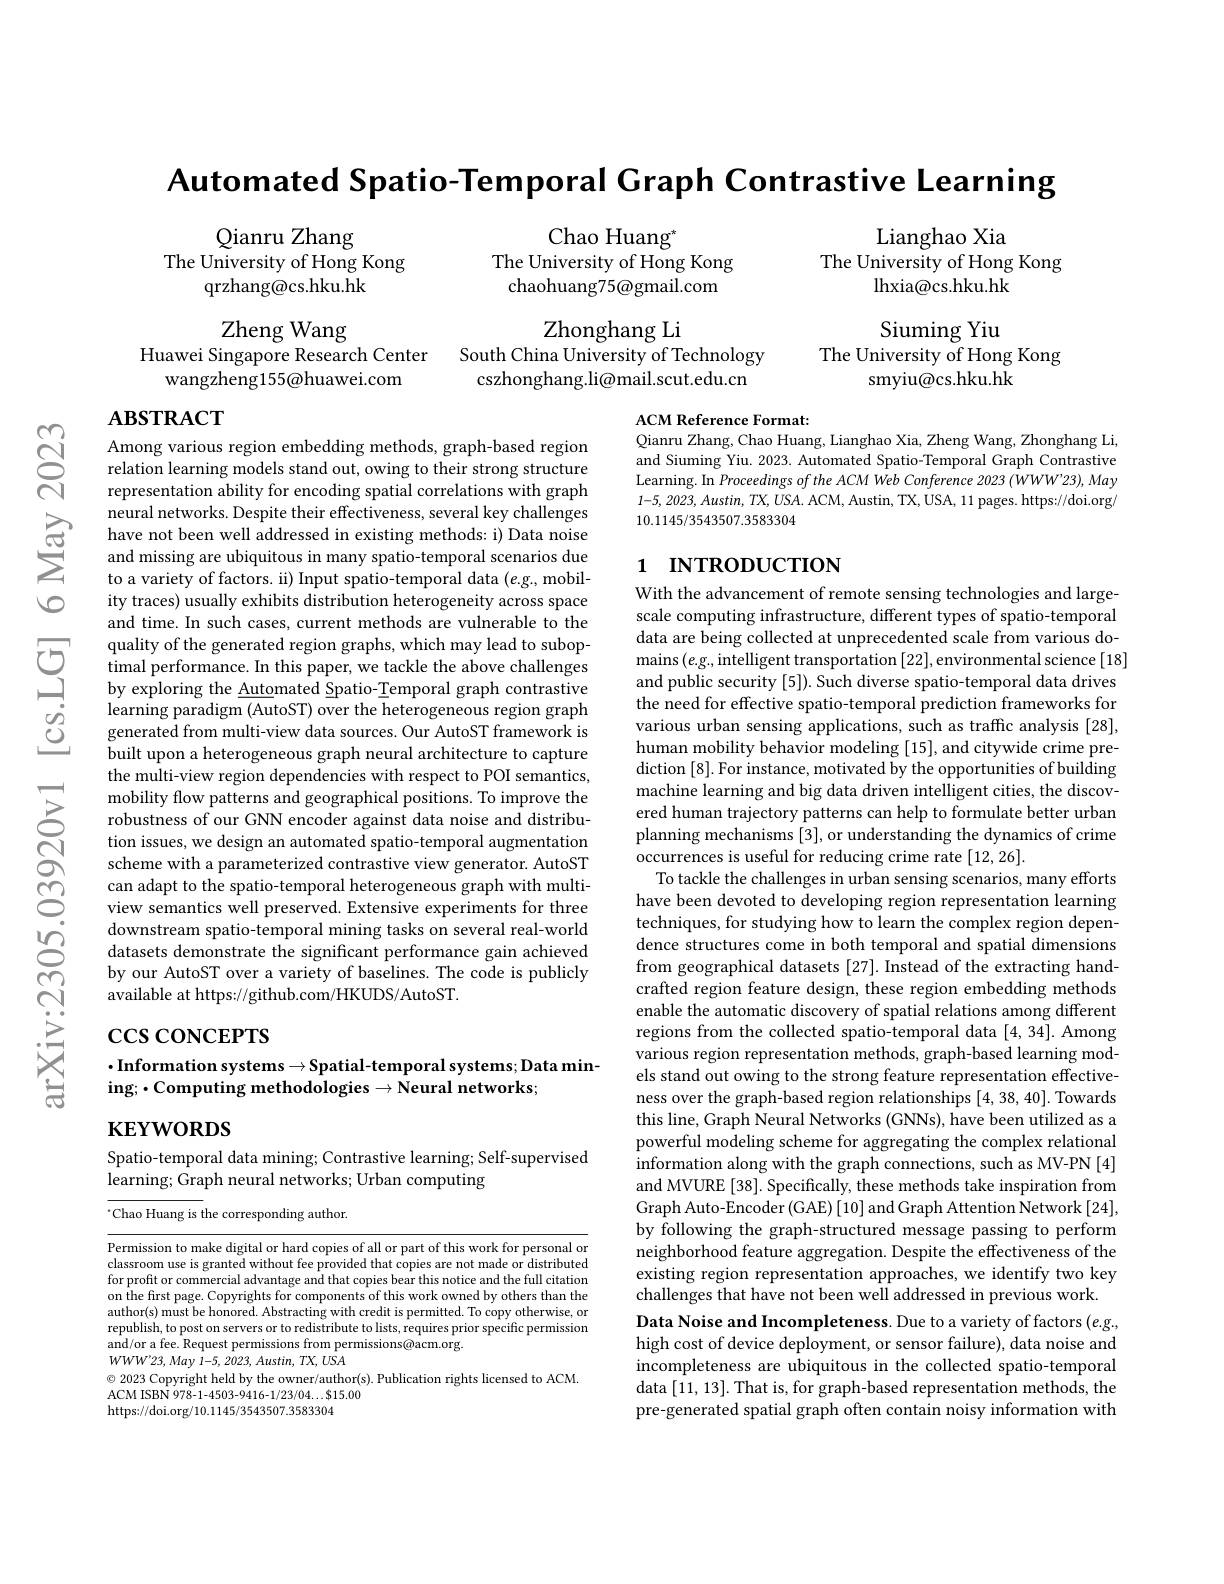
$ଟ୍ରି$

Automated Spatio-Temporal Graph Contrastive Learning

Lianghao Xia
The University of Hong Kong
lhxia@cs.hku.hk

Qianru Zhang
The University of Hong Kong
qrzhang@cs.hku.hk

Chao Huang$^{*}$
The University of Hong Kong
chaohuang75@gmail.com

Zhonghang Li
South China University of Technology
cszhonghang.li@mail.scut.edu.cn

Zheng Wang
Huawei Singapore Research Center
wangzheng155@huawei.com

Siuming Yiu
The University of Hong Kong
smyiu@cs.hku.hk

## $\mathbf{ABSTRACT}$

ACM Reference Format:
Qianru Zhang, Chao Huang, Lianghao Xia, Zheng Wang, Zhonghang Li,

and Siuming Yiu. 2023. Automated Spatio-Temporal Graph Contrastive Learning. In Proceedings of the ACM Web Conference 2023 (WWW"23), May $1-5,2023,Austin,TX,USA.$ ACM, Austin, TX, USA, 11 pages. https://doi.org/ 10.1145/3543507.3583304

## 1 INTRODUCTION

Among various region embedding methods, graph-based region relation learning models stand out, owing to their strong structure representation ability for encoding spatial correlations with graph
$\sum_{\begin{array}{cc}\text{neural networks. Despite their effectiveness,several key challenges}\\\text{have not been well addressed in existing methods:i) Data noise}\\\text{and missing are ubiquitous in many spatio-temporal scenarios due}\\\text{to a varietv of factors. i) Input spatio-t}\end{array}}$
to a variety of factors. ii) Input spatio-temporal data $(e.g$, mobility traces) usually exhibits distribution heterogeneity across space and time. In such cases, current methods are vulnerable to the quality of the generated region graphs, which may lead to suboptimal performance. In this paper, we tackle the above challenges by exploring the Automated Spatio-Temporal graph contrastive learning paradigm (AutoST) over the heterogeneous region graph generated from multi-view data sources. Our AutoST framework is built upon a heterogeneous graph neural architecture to capture the multi-view region dependencies with respect to POI semantics, mobility flow patterns and geographical positions. To improve the robustness of our GNN encoder against data noise and distribution issues, we design an automated spatio-temporal augmentation scheme with a parameterized contrastive view generator. AutoST can adapt to the spatio-temporal heterogeneous graph with multiview semantics well preserved. Extensive experiments for three downstream spatio-temporal mining tasks on several real-world datasets demonstrate the significant performance gain achieved by our AutoST over a variety of baselines. The code is publicly available at https://github.com/HKUDS/AutoST.

With the advancement of remote sensing technologies and largescale computing infrastructure, different types of spatio-temporal data are being collected at unprecedented scale from various domains ( e. g. , intelligent transportation [ 22] , environmental science [ 18] and public security [5]). Such diverse spatio-temporal data drives the need for effective spatio-temporal prediction frameworks for various urban sensing applications, such as traffic analysis [28], human mobility behavior modeling [15], and citywide crime prediction [8]. For instance, motivated by the opportunities of building machine learning and big data driven intelligent cities, the discovered human trajectory patterns can help to formulate better urban planning mechanisms [3], or understanding the dynamics of crime occurrences is useful for reducing crime rate [12,26].
To tackle the challenges in urban sensing scenarios, many efforts have been devoted to developing region representation learning techniques, for studying how to learn the complex region dependence structures come in both temporal and spatial dimensions from geographical datasets [27]. Instead of the extracting handcrafted region feature design, these region embedding methods enable the automatic discovery of spatial relations among different regions from the collected spatio-temporal data [4,34]. Among various region representation methods, graph-based learning models stand out owing to the strong feature representation effectiveness over the graph-based region relationships [4,38,40]. Towards this line, Graph Neural Networks (GNNs), have been utilized as a powerful modeling scheme for aggregating the complex relational information along with the graph connections, such as MV-PN [4] and MVURE [38]. Specifically, these methods take inspiration from Graph Auto-Encoder (GAE) [10] and Graph Attention Network [24], by following the graph-structured message passing to perform neighborhood feature aggregation. Despite the effectiveness of the existing region representation approaches, we identify two key challenges that have not been well addressed in previous work. Data Noise and Incompleteness. Due to a variety of factors (e.g., high cost of device deployment, or sensor failure), data noise and incompleteness are ubiquitous in the collected spatio-temporal data [11,13]. That is, for graph-based representation methods, the pre-generated spatial graph often contain noisy information with

$\csc\csc$coNCEPTS

$\cdot$Information systems$\to$Spatial-temporal systems; Data min-
ing; $\bullet$Computing methodologies$\to$Neural networks;

$\mathbf{KEYWORDS}$

Spatio-temporal data mining; Contrastive learning; Self-supervised
learning; Graph neural networks; Urban computing
$^{*}$Chao Huang is the corresponding author.

Permission to make digital or hard copies of all or part of this work for personal or classroom use is granted without fee provided that copies are not made or distributed for profit or commercial advantage and that copies bear this notice and the full citation on the first page. Copyrights for components of this work owned by others than the author(s) must be honored. Abstracting with credit is permitted. To copy otherwise, or republish, to post on servers or to redistribute to lists, requires prior specific permission and/or a fee. Request permissions from permissions@acm.org.
$WWW^{\prime }23, May$ 1-5, 2023, $Austin$, $TX$, $USA$
© 2023 Copyright held by the owner/author(s). Publication rights licensed to ACM.
ACM ISBN 978- 1- 4503- 9416- 1/ 23/ 04$\ldots \$$15. 00

https://doi.org/10.1145/3543507.3583304